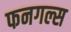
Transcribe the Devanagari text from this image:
फनगल्स